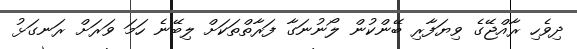
ދިވެހި ރާއްޖޭގެ ވިޔަފާރި ބޭންކުން ލޯނުނަގާ ފަރާތްތަކަށް ލިބޭނެ ހަމަ ވަރަށް ރަނގަޅު